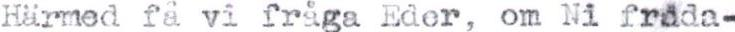
Härmed få vi fråga Eder, om Ni freda-